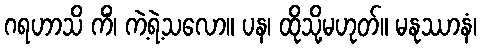
ဂရဟာသိ ကိံ၊ ကဲ့ရဲ့သလော။ ပန၊ ထိုသို့မဟုတ်။ မနုဿာနံ၊